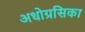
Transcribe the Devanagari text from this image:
अधोग्रसिका